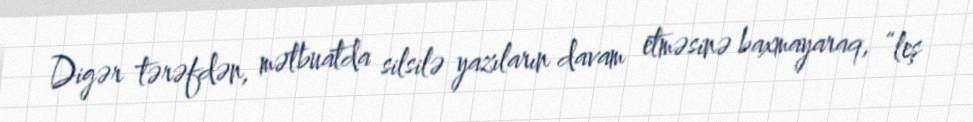
Digər tərəfdən, mətbuatda silsilə yazıların davam etməsinə baxmayaraq, “leş